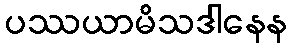
ပဿယာမိသဒါနေန